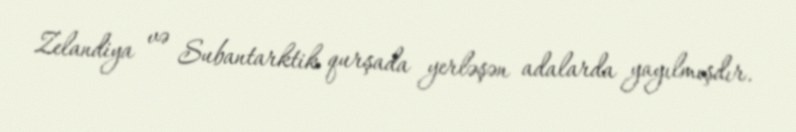
Zelandiya və Subantarktik qurşada yerləşən adalarda yayılmışdır.